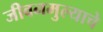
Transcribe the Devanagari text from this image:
जीवनमुल्याचे